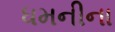
ધમનીના